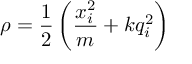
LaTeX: \rho = \frac { 1 } { 2 } \left( \frac { x _ { i } ^ { 2 } } { m } + k q _ { i } ^ { 2 } \right)